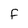
Character: F